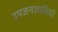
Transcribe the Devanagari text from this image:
उपजनजातियाँ